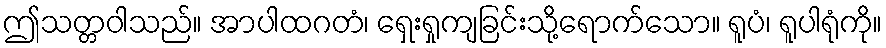
ဤသတ္တဝါသည်။ အာပါထဂတံ၊ ရှေးရှုကျခြင်းသို့ရောက်သော။ ရူပံ၊ ရူပါရုံကို။